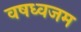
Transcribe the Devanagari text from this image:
वषध्वजम